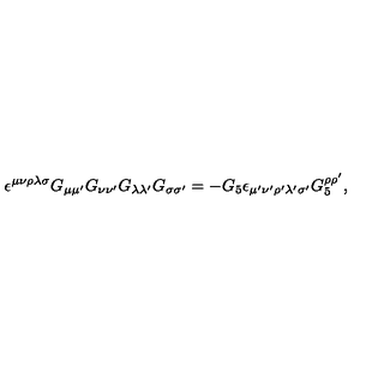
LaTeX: \epsilon ^ { \mu \nu \rho \lambda \sigma } G _ { \mu \mu ^ { \prime } } G _ { \nu \nu ^ { \prime } } G _ { \lambda \lambda ^ { \prime } } G _ { \sigma \sigma ^ { \prime } } = - G _ { 5 } \epsilon _ { \mu ^ { \prime } \nu ^ { \prime } \rho ^ { \prime } \lambda ^ { \prime } \sigma ^ { \prime } } G _ { 5 } ^ { \rho \rho ^ { \prime } } ,